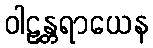
ဝါဠန္တရာယေန